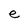
Character: e